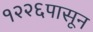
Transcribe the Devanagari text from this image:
१२२६पासून